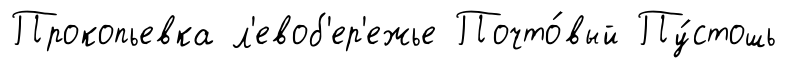
Прокопьевка л'евоб'ер'ежье Почто́вый Пу́стошь